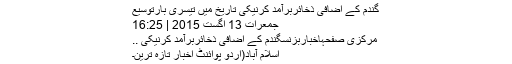
گندم کے اضافی ذخائربرآمد کرنیکی تاریخ میں تیسری بارتوسیع
جمعرات 13 اگست 2015 | 16:25
مرکزی صفحہاخباربزنسگندم کے اضافی ذخائربرآمد کرنیکی ..
اسلام آباد(اُردو پوائنٹ اخبار تازہ ترین۔